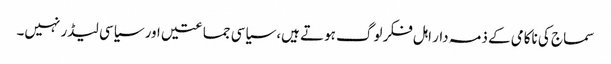
سماج کی ناکامی کے ذمہ دار اہل فکر لوگ ہوتے ہیں، سیاسی جماعتیں اور سیاسی لیڈر نہیں۔